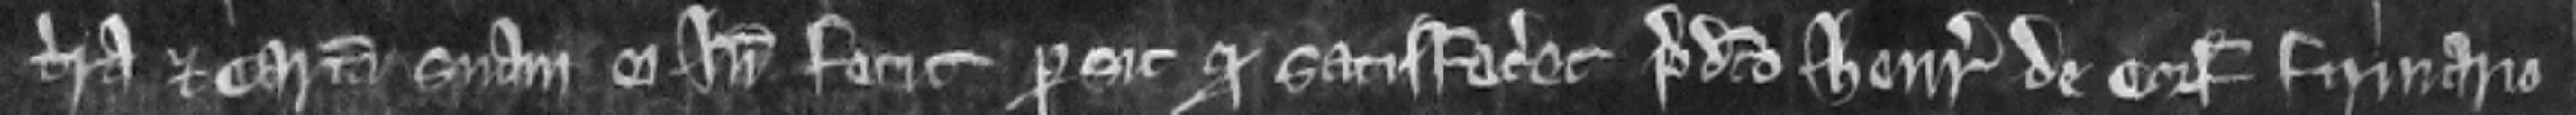
terra et cartam suam ei inde fecit per sic quod satisfaceret predicto Henrico de Corf firmario